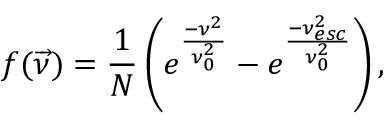
f ( \overrightarrow { \nu } ) = \frac { 1 } { N } \left( e ^ { \frac { - { \nu } ^ { 2 } } { \nu _ { 0 } ^ { 2 } } } - e ^ { \frac { - \nu _ { e s c } ^ { 2 } } { \nu _ { 0 } ^ { 2 } } } \right) ,